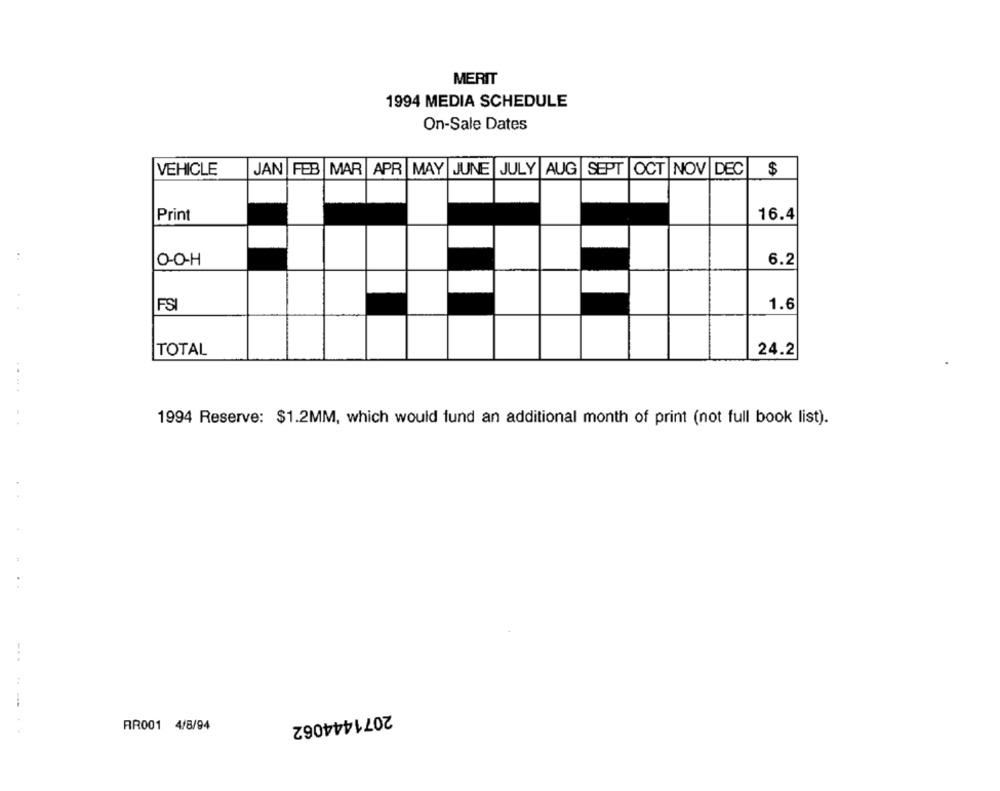
MERIT
1994 MEDIA SCHEDULE
On-Sale Dates
VEHICLE
JAN FEB MAR APR MAY JUNE JULY AUG SEPT OCT NOV DEC
$
Print
16.4
:
0-OH
6.2
FSI
1.6
TOTAL
24.2
1994 Reserve: $1.2MM, which would fund an additional month of print (not full book list).
-.
2071444062
RR001 4/8/94